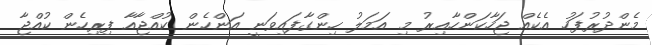
މެންދުރުފަހު އެކެއް ޖަހާކަންހާއިރު މި އަމަލު ހިންގާފައިވަނީ އަންހެން ކުއްޖާއާ ފިރިހެން ކުއްޖާ